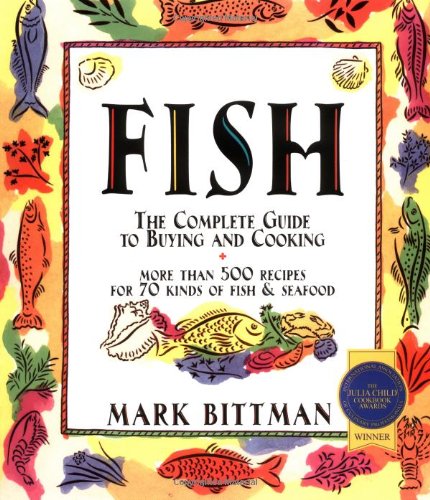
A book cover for Fish: The Complete Guide to Buying and Cooking; Mark Bittman; Cookbooks, Food & Wine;